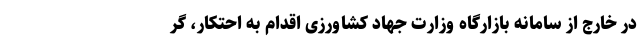
در خارج از سامانه بازارگاه وزارت جهاد کشاورزی اقدام به احتکار، گر